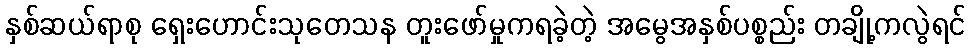
နှစ်ဆယ်ရာစု ရှေးဟောင်းသုတေသန တူးဖော်မှုကရခဲ့တဲ့ အမွေအနှစ်ပစ္စည်း တချို့ကလွဲရင်